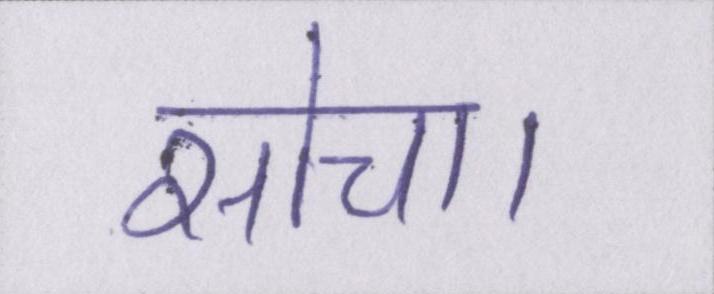
सोचा।